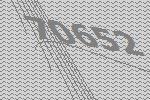
70652